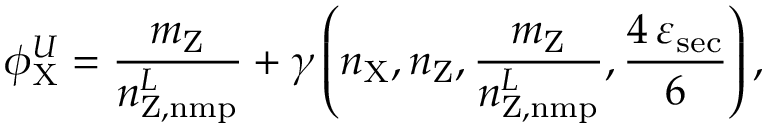
\phi _ { \mathrm { X } } ^ { U } = \frac { m _ { \mathrm { Z } } } { n _ { \mathrm { Z , n m p } } ^ { L } } + \gamma \left( n _ { \mathrm { X } } , n _ { \mathrm { Z } } , \frac { m _ { \mathrm { Z } } } { n _ { \mathrm { Z , n m p } } ^ { L } } , \frac { 4 \, \varepsilon _ { \mathrm { s e c } } } { 6 } \right) ,